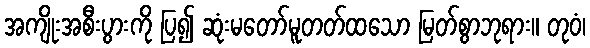
အကျိုးအစီးပွားကို ပြ၍ ဆုံးမတော်မူတတ်ထသော မြတ်စွာဘုရား။ တုဝံ၊